Scientific memoirs by medical officers of the Army of India - Part VII,
Year: 1892
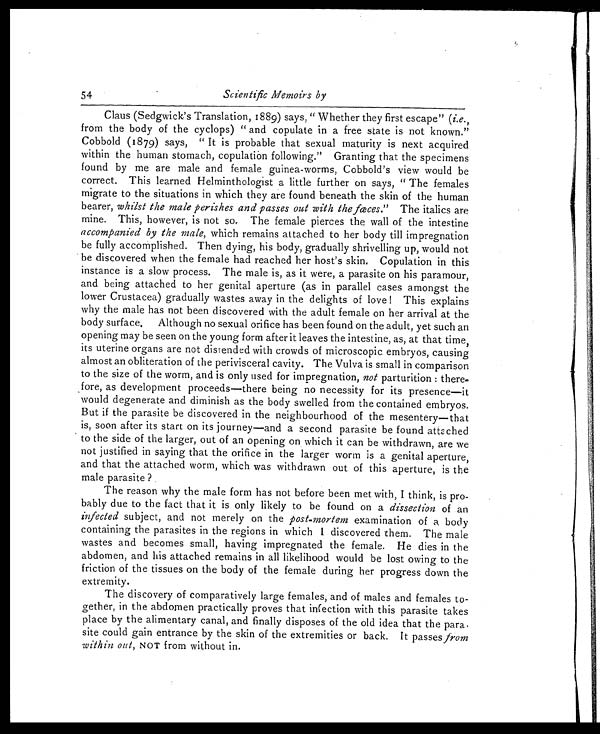
54
Scientific Memoirs by
Claus (Sedgwick's Translation, 1889) says, "Whether they first escape" ( i.e.,
from the body of the cyclops) " and copulate in a free state is not known."
Cobbol d (1879) says, " It i s probabl e t hat sexual mat uri t y i s next acqui red
within the human stomach, copulation following." Granting that the specimens
found by me are male and female guinea-worms, Cobbold's view would be
correct. This learned Helminthologist a little further on says, " The females
migrate to the situations in which they are found beneath the skin of the human
bearer, whilst the male perishes and passes out with the fceces. " The italics are
mine. This, however, is not so. The female pierces the wall of the intestine
accompanied by the male, which remains attached to her body till impregnation
be fully accomplished. Then dying, his body, gradually shrivelling up, would not
be discovered when the female had reached her host's skin. Copulation in this
instance is a slow process. The male is, as it were, a parasite on his paramour,
and being attached to her genital aperture (as in parallel cases amongst the
lower Crustacea) gradually wastes away in the delights of love ! This explains
why the male has not been discovered with the adult female on her arrival at the
body surface. Although no sexual orifice has been found on the adult, yet such an
opening may be seen on the young form after it leaves the intestine, as, at that time,
its uterine organs are not distended with crowds of microscopic embryos, causing
almost an obliteration of the perivisceral cavity. The Vulva is small in comparison
to the size of the worm, and is only used for impregnation, not parturition : there-
fore, as development proceeds—there being no necessity for its presence—it
would degenerate and diminish as the body swelled from the contained embryos.
But if the parasite be discovered in the neighbourhood of the mesentery—that
is, soon after its start on its journey—and a second parasite be found attached
to the side of the larger, out of an opening on which it can be withdrawn, are we
not justified in saying that the orifice in the larger worm is a genital aperture,
and that the attached worm, which was withdrawn out of this aperture, is the
male parasite ?
The reason why the male form has not before been met with, I think, is pro-
bably due to the fact that it is only likely to be found on a dissection of an
imfected subject, and not merely on the post-mortem examination of a body
containing the parasites in the regions in which I discovered them. The male
wastes and becomes small, having impregnated the female. He dies in the
abdomen, and his attached remains in all likelihood would be lost owing to the
friction of the tissues on the body of the female during her progress down the
extremity.
The discovery of comparatively large females, and of males and females to-
gether, in the abdomen practically proves that infection with this parasite takes
place by the alimentary canal, and finally disposes of the old idea that the para.
site could gain entrance by the skin of the extremities or back. It passes from
within out, NOT from without in.